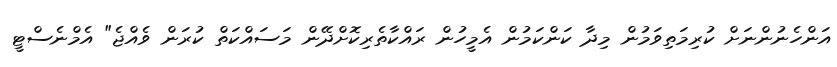
އަންހެނުންނަށް ކުރިމަތިވަމުން މިދާ ކަންކަމުން އެމީހުން ރައްކާތެރިކޮށްދޭން މަސައްކަތް ކުރަން ވެއްޖެ" އެމްނެސްޓީ